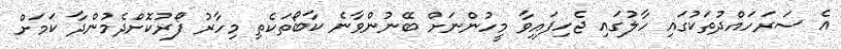
އެ ސަރަހައްދުތަކުގައި ހާލުގައި ޖެހިފައިވާ މީހުންނަށް ބޭނުންވާނެ ކާބޯތަކެތި މިހާރު ފޯރުކޮށްދެމުންދާ ކަމަށް